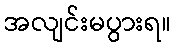
အလျင်းမပွားရ။